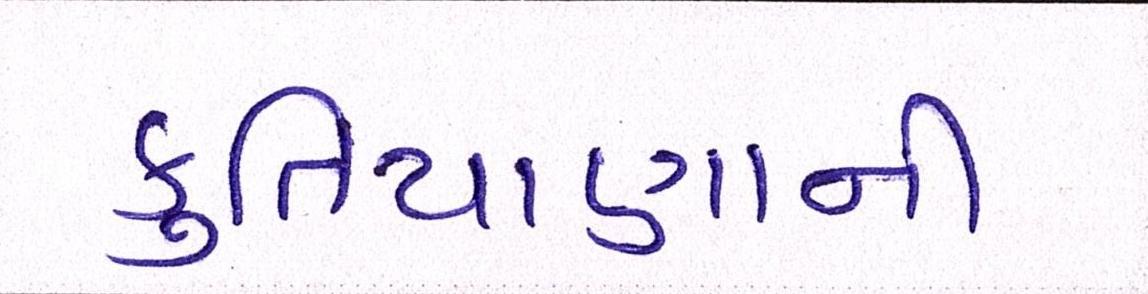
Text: કુતિયાણાની